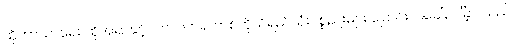
ထိုဘာသာရေး ထိုအရာနှင့်ပတ်သက်၍ တစ်ကိုယ်ရည်သုံးပစ္စည်းများ ပြောင်းလဲခေါ်ဝေါ်ခဲ့ပါသည်